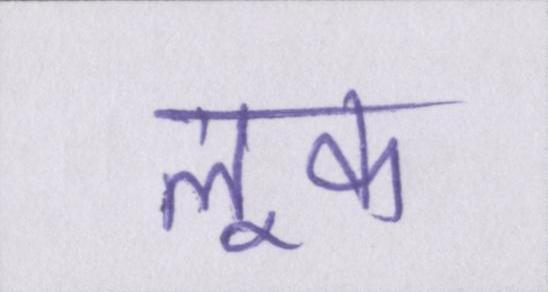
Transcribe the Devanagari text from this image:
लूक